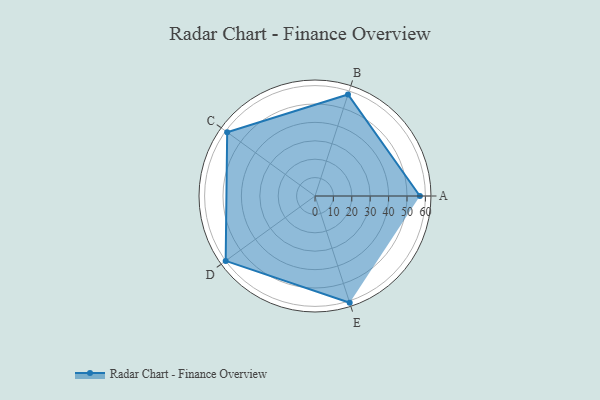
{"axis": {"x": "Skill", "y": "Score"}, "legend": ["Profile"], "data": [{"x": "A", "y": 57.0, "type": "Profile"}, {"x": "B", "y": 58.0, "type": "Profile"}, {"x": "C", "y": 59.0, "type": "Profile"}, {"x": "D", "y": 60.0, "type": "Profile"}, {"x": "E", "y": 61.0, "type": "Profile"}]}